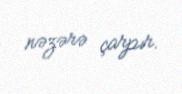
nəzərə çarpır.